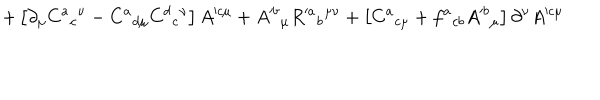
LaTeX: + \left[ \partial _ { \mu } C ^ { a } { } _ { c } { } ^ { \nu } - C ^ { a } { } _ { d \mu } C ^ { d } { } _ { c } { } ^ { \nu } \right] A ^ { \prime c \mu } + A ^ { \prime b } { } _ { \mu } R ^ { \prime a } { } _ { b } { } ^ { \mu \nu } + \left[ C ^ { a } { } _ { c \mu } + f ^ { a } { } _ { c b } A ^ { \prime b } { } _ { \mu } \right] \partial ^ { \nu } A ^ { \prime c \mu }